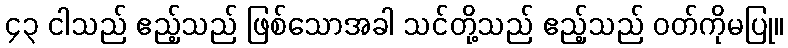
၄၃ ငါသည် ဧည့်သည် ဖြစ်သောအခါ သင်တို့သည် ဧည့်သည် ဝတ်ကိုမပြု။